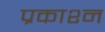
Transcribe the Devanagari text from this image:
प्रकाश्न